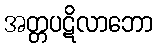
အတ္တပဋိလာဘော